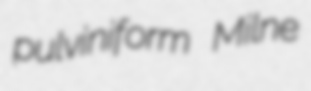
pulviniform Milne